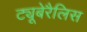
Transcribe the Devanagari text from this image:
ट्यूबेरैलिस